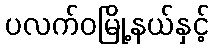
ပလက်ဝမြို့နယ်နှင့်